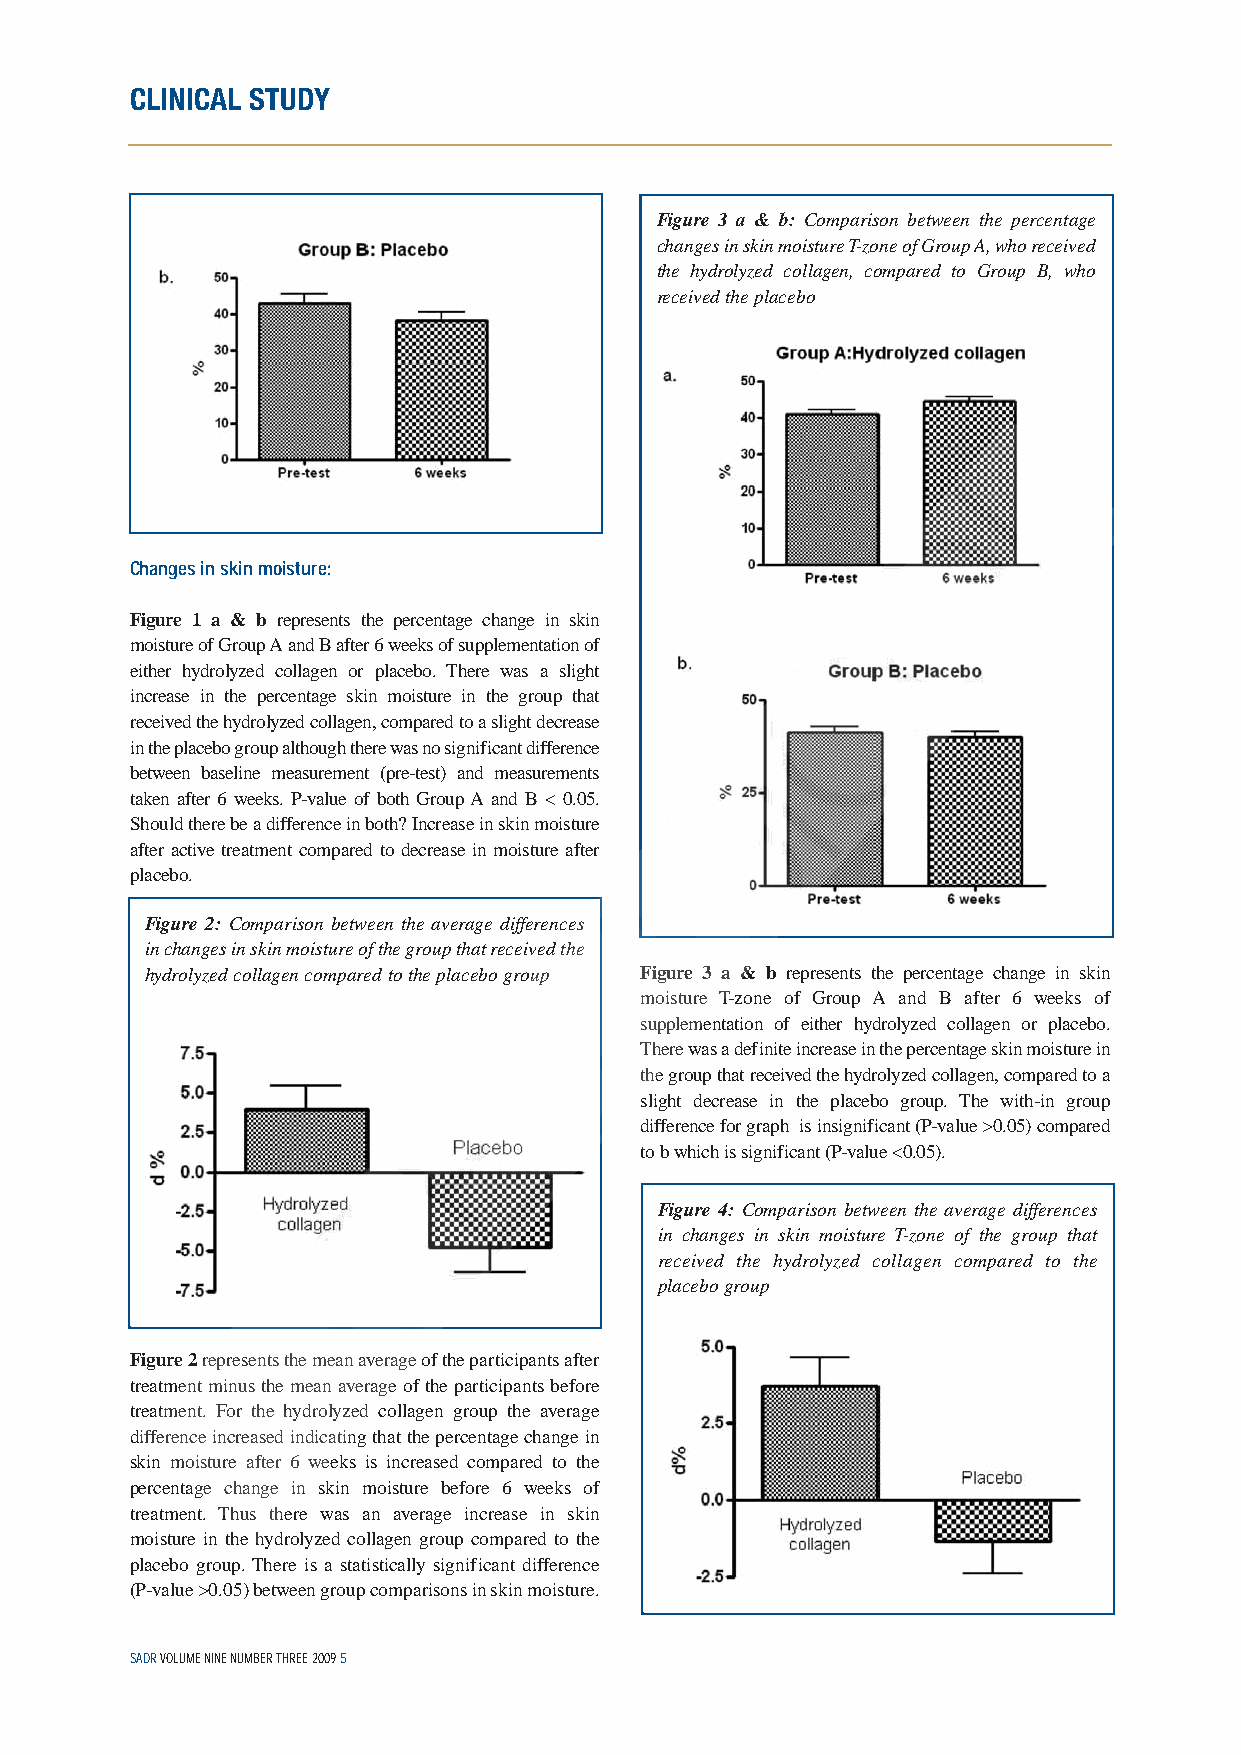
CLINICAL STUDY
 Figure 3 a & b: Comparison between the percentage
 changes in skin moisture T-zone of Group A, who received
 the hydrolyzed collagen, compared to Group B, who
 received the placebo
 Changes in skin moisture:
 Figure 1 a & b represents the percentage change in skin
 moisture of Group A and B after 6 weeks of supplementation of
 either hydrolyzed collagen or placebo. There was a slight
 increase in the percentage skin moisture in the group that
 received the hydrolyzed collagen, compared to a slight decrease
 in the placebo group although there was no significant difference
 between baseline measurement (pre-test) and measurements
 taken after 6 weeks. P-value of both Group A and B < 0.05.
 Should there be a difference in both? Increase in skin moisture
 after active treatment compared to decrease in moisture after
 placebo.
 Figure 2: Comparison between the average differences
 in changes in skin moisture of the group that received the
 hydrolyzed collagen compared to the placebo group Figure 3 a & b represents the percentage change in skin
 moisture T-zone of Group A and B after 6 weeks of
 supplementation of either hydrolyzed collagen or placebo.
 There was a definite increase in the percentage skin moisture in
 the group that received the hydrolyzed collagen, compared to a
 slight decrease in the placebo group. The with-in group
 difference for graph is insignificant (P-value >0.05) compared
 to b which is significant (P-value <0.05).
 Figure 4: Comparison between the average differences
 in changes in skin moisture T-zone of the group that
 received the hydrolyzed collagen compared to the
 placebo group
 Figure 2represents the mean average of the participants after
 treatment minus the mean average of the participants before
 treatment. For the hydrolyzed collagen group the average
 difference increased indicating that the percentage change in
 skin moisture after 6 weeks is increased compared to the
 percentage change in skin moisture before 6 weeks of
 treatment. Thus there was an average increase in skin
 moisture in the hydrolyzed collagen group compared to the
 placebo group. There is a statistically significant difference
 (P-value >0.05) between group comparisons in skin moisture.
 SADR VOLUME NINE NUMBER THREE 2009 5